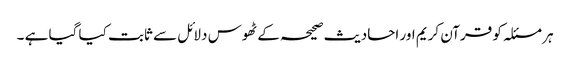
ہر مسئلہ کو قرآن کریم اور احادیث صحیحہ کے ٹھوس دلائل سے ثابت کیا گیا ہے ۔